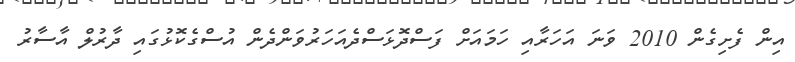
އިން ފެށިގެން 2010 ވަނަ އަހަރާއި ހަމައަށް ފަސްދޮޅަސްދެއަހަރުވަންދެން އުސްގެކޮޅުގައި ދާރުލް އާސާރު